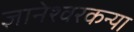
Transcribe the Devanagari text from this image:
ज्ञानेश्वरकन्या